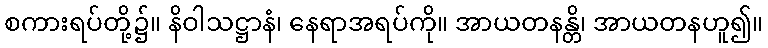
စကားရပ်တို့၌။ နိဝါသဋ္ဌာနံ၊ နေရာအရပ်ကို။ အာယတနန္တိ၊ အာယတနဟူ၍။